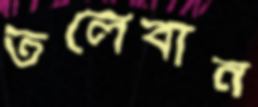
তলেবান